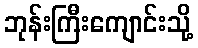
ဘုန်းကြီးကျောင်းသို့